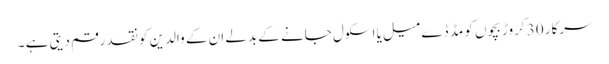
سرکار 30 کروڑ بچوں کو مڈ ڈے میل یا اسکول جانے کے بدلے ان کے والدین کو نقد رقم دیتی ہے ۔